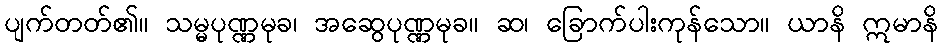
ပျက်တတ်၏။ သမ္မပုဏ္ဏမုခ၊ အဆွေပုဏ္ဏမုခ။ ဆ၊ ခြောက်ပါးကုန်သော။ ယာနိ ဣမာနိ